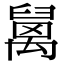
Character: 𥝅